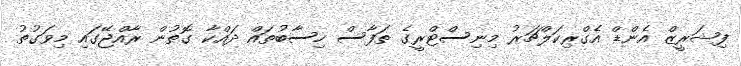
ފިޝަރީޒް އެންޑް އެގްރިކަލްޗަރު މިނިސްޓްރީގެ ތަފާސް ހިސާބުތައް ދައްކާ ގޮތުން ރާއްޖޭގައި މިވަގުތު